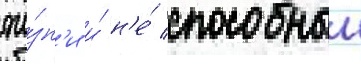
жи́зн'и и́ н'е́ способныи